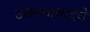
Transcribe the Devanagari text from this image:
उस्मानाबादचे